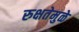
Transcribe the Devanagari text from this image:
रुक्षतेमुळे